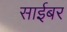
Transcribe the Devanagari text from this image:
साईबर